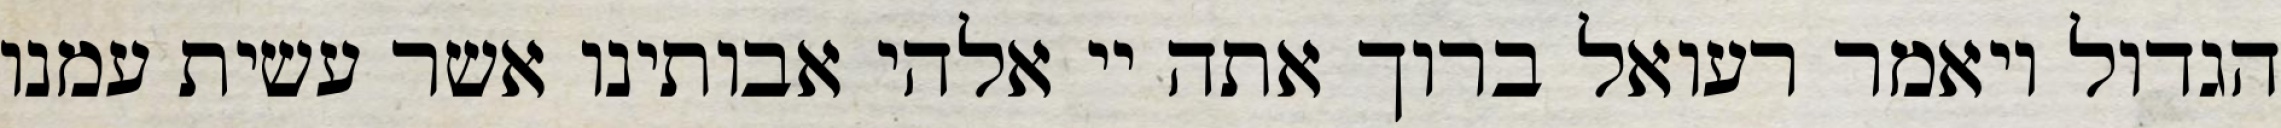
הגדול ויאמר רעואל ברוך אתה יי אלהי אבותינו אשר עשית עמנו